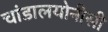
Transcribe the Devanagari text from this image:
चांडालयोनीसी